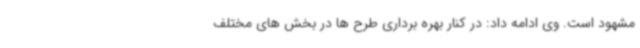
مشهود است. وی ادامه داد: در کنار بهره برداری طرح ها در بخش های مختلف